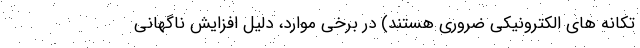
تکانه های الکترونیکی ضروری هستند) در برخی موارد، دلیل افزایش ناگهانی